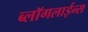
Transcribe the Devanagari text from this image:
ब्लॉगलाईन्स